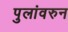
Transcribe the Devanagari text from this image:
पुलांवरुन